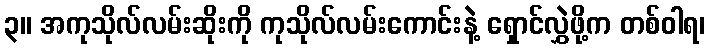
၃။ အကုသိုလ်လမ်းဆိုးကို ကုသိုလ်လမ်းကောင်းနဲ့ ရှောင်လွှဲဖို့က တစ်ဝါရ၊